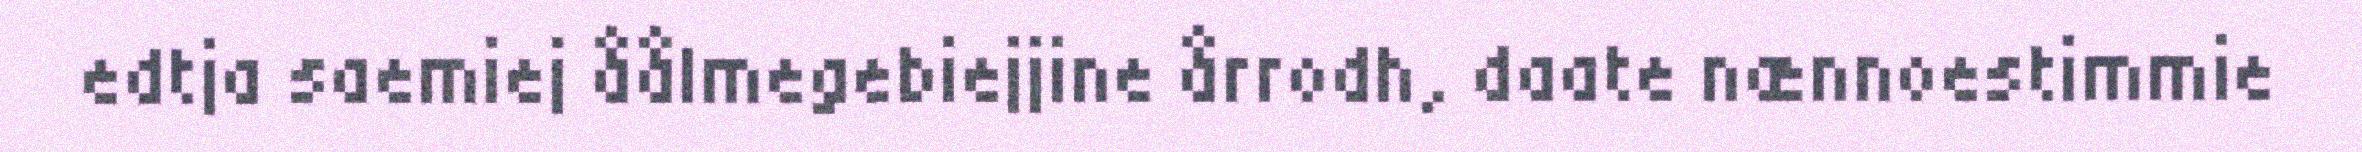
edtja saemiej åålmegebiejjine årrodh, daate nænnoestimmie